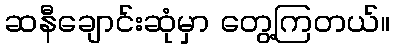
ဆနီချောင်းဆုံမှာ တွေ့ကြတယ်။